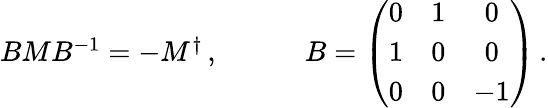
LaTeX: \begin{array}{cc}{{BMB^{-1}=-M^{\dagger}\, ,~~~~}}&{{~~~~B=\left(\begin{array}{ccc}{{0}}&{{1}}&{{0}}\\ {{1}}&{{0}}&{{0}}\\ {{0}}&{{0}}&{{-1}}\end{array}\right)\, .}}\end{array}